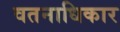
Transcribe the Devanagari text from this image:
वतनाधिकार